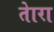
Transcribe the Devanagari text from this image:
तेारा